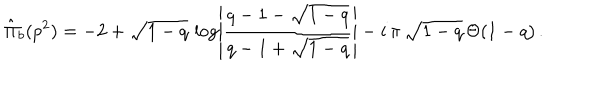
LaTeX: \hat { \Pi } _ { b } ( p ^ { 2 } ) = - 2 + \sqrt { 1 - q } \, \log \left| \frac { q - 1 - \sqrt { 1 - q } } { q - 1 + \sqrt { 1 - q } } \right| - i \, \pi \, \sqrt { 1 - q } \, \Theta ( 1 - q ) \, .